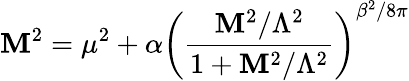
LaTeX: \mathbf{M}^{2}=\mu^{2}+\alpha\left(\frac{{\mathbf{M}^{2}/\Lambda^{2}}}{{1+\mathbf{M}^{2}/\Lambda^{2}}}\right)^{\beta^{2}/8\pi}